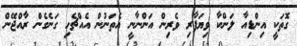
ގޮތަކީ އިންޑިއާ ލަންކާ ވިޔަފާރި ވެރިން އަންނާނީ އެތަނުން އެއްޗެހި ގަނެގެން ރާއްޖޭން